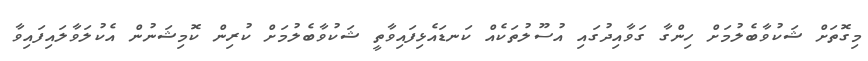
މިގޮތަށް ޝަކުވާބެލުމަށް ހިންގާ ގަވާއިދުގައި އުސޫލުތަކެއް ކަނޑައެޅިފައިވާތީ ޝަކުވާބެލުމަށް ކުރިން ކޮމިޝަނުން އެކުލަވާލައިފައިވާ